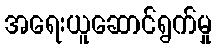
အရေးယူဆောင်ရွက်မှု